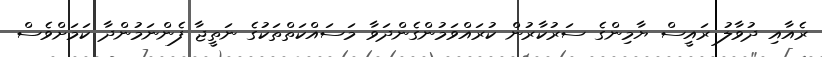
ރެއާއި ދުވާލު ރައީސް ޔާމިންގެ ސަރުކާރުން ކުރައްވަމުންގެންދަވާ މަސައްކަތްތަކުގެ ނަތީޖާ ފެންނަމުންދާ ކަމަށްވެސް